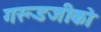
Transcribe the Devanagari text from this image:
गरूडजीको